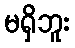
မရှိဘူး